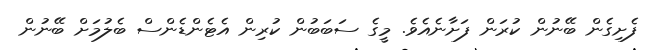
ފެށިގެން ބޭނުން ކުރަން ފަށާނެއެވެ. މީގެ ސަބަބުން ކުރިން އެޓެންޑެންސް ބެލުމަށް ބޭނުން